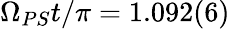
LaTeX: \Omega_{PS}t/\pi=1.092(6)